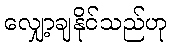
လျှော့ချနိုင်သည်ဟု